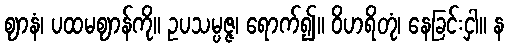
ဈာနံ၊ ပထမဈာန်ကို။ ဥပသမ္ပဇ္ဇ၊ ရောက်၍။ ဝိဟရိတုံ၊ နေခြင်းငှါ။ န